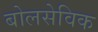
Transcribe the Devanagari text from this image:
बोलसेविक